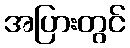
အပြားတွင်